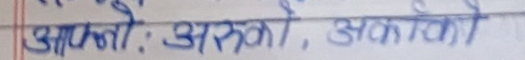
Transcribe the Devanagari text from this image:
आफ्नो : अरूका , अकारको